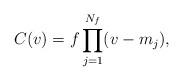
LaTeX: \begin{align*}C(v) = f \prod _{j=1}^{N_f} (v-m_j),\end{align*}